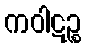
ကဝါဋဉ္စ